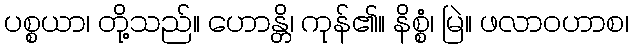
ပစ္စယာ၊ တို့သည်။ ဟောန္တိ၊ ကုန်၏။ နိစ္စံ၊ မြဲ။ ဖလာဝဟာစ၊